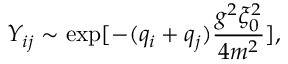
Y _ { i j } \sim \exp [ - ( q _ { i } + q _ { j } ) { \frac { g ^ { 2 } \xi _ { 0 } ^ { 2 } } { 4 m ^ { 2 } } } ] ,